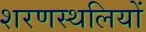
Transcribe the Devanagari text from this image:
शरणस्थलियों